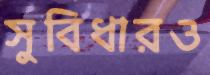
সুবিধারও